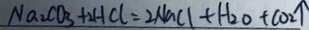
N a _ { 2 } C O _ { 3 } + 2 H C l = 2 N a C l + H _ { 2 } O + C O _ { 2 } \uparrow